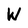
Character: W